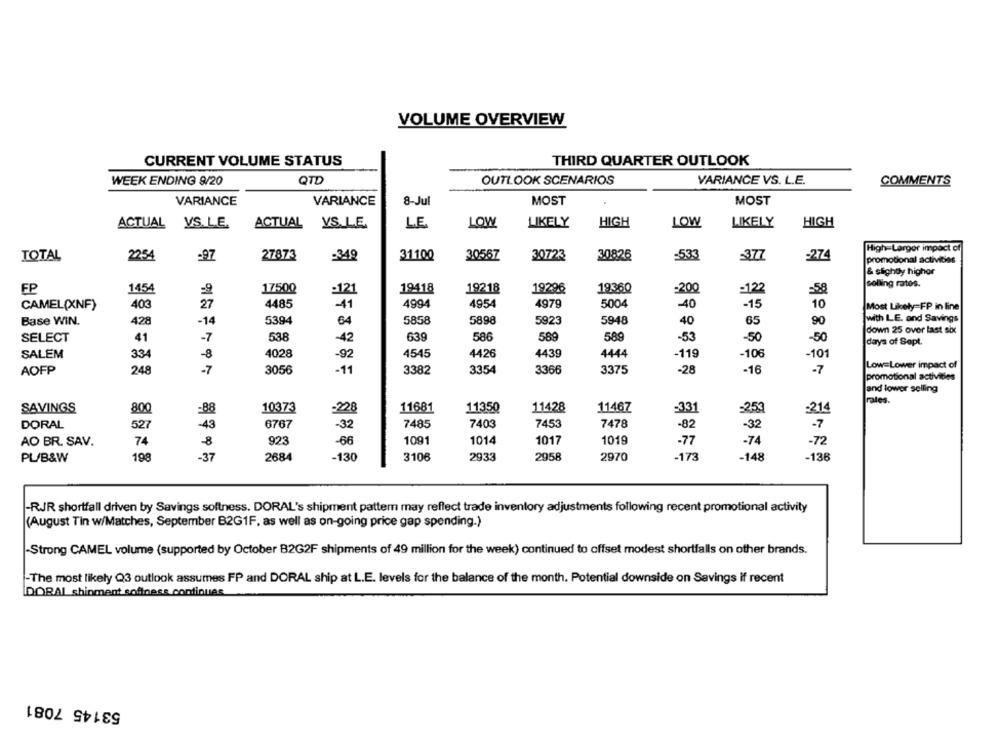
VOLUME OVERVIEW
CURRENT VOLUME STATUS
THIRD QUARTER OUTLOOK
WEEK ENDING 9/20
QTD
OUTLOOK SCENARIOS
VARIANCE VS. L.E.
COMMENTS
VARIANCE
MOST
MOST
VARIANCE
8-Jul
HIGH
LOW
HIGH
ACTUAL VS.L.E.
ACTUAL VS.LE.
LE
LOW
LIKELY
LIKELY
High-Larger impact of
TOTAL
2254
-97
27873
=349
31100
30567
30723
30826
-533
377
-274
promotional activities
& slightly higher
selling ratos.
1454
17500
:121
19418
19218
19296
19360
-200
=122
FP
-58
403
27
4485
-41
4994
4954
4979
5004
-40
-15
10
CAMEL(XNF)
Most Likely=FP in line
5858
5898
5923
with LE. and Savings
Base WIN.
428
-14
5394
64
5948
40
65
90
down 25 over last six
SELECT
41
-7
53.8
-42
639
586
589
589
-53
-50
-50
days of Sept.
SALEM
334
-8
4028
-92
4545
4426
4439
4444
-119
-106
-101
AOFP
248
-7
3056
-11
3382
3354
3366
3375
-28
-16
-7
Low=Lower impact of
promotional activities
and lower selling
rales.
SAVINGS
8.00
10373
-228
11681
11350
11428
11467
-88
-33
-251
:21
6767
7485
7403
7453
7478
DORAL
52
-43
-32
-82
-32
.7
AO BR. SAV.
74
-8
923
-66
1091
1014
1017
1019
-77
-74
-72
PL/B&W
199
-37
2684
-130
3106
2933
2958
2970
-173
-148
-138
-RJR shortfall driven by Savings softness. DORAL's shipment pattern may reflect trade inventory adjustments following recent promotional activity
(August Tin w/Matches, September B2G1F, as well as on-going price gap spending.)
-Strong CAMEL volume (supported by October B2G2F shipments of 49 million for the week) continued to offset modest shortfalls on other brands.
-The most likely Q3 outlook assumes FP and DORAL ship at L.E. levels for the balance of the month. Potential downside on Savings if recent
DORAL shinment softness continues
53145 7081